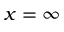
x = \infty